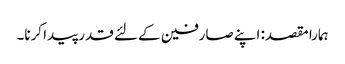
ہمارا مقصد: اپنے صارفین کے لئے قدر پیدا کرنا۔